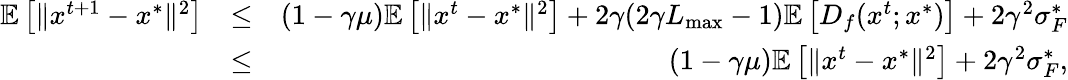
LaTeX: \begin{array}{rlr}{\mathbb{E}\left[\Vert x^{t+1}-x^{*}\Vert^{2}\right]}&{\leq}&{(1-\gamma\mu)\mathbb{E}\left[\Vert x^{t}-x^{*}\Vert^{2}\right]+2\gamma(2\gamma L_{\operatorname*{max}}-1)\mathbb{E}\left[D_{f}(x^{t};x^{*})\right]+2\gamma^{2}\sigma_{F}^{*}}\\ &{\leq}&{(1-\gamma\mu)\mathbb{E}\left[\Vert x^{t}-x^{*}\Vert^{2}\right]+2\gamma^{2}\sigma_{F}^{*},}\end{array}